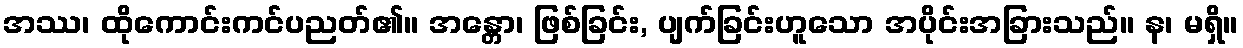
အဿ၊ ထိုကောင်းကင်ပညတ်၏။ အန္တော၊ ဖြစ်ခြင်း, ပျက်ခြင်းဟူသော အပိုင်းအခြားသည်။ န၊ မရှိ။